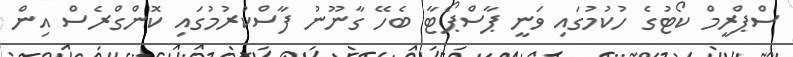
ސްޕްރީމް ކޯޓުގެ ހުކުމުގައި ވަނީ ޕާސްޕޯޓާ ބެހޭ ގާނޫނު ފާސްކުރުމުގައި ކޮންްގްރެސް އިން